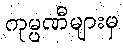
ကုမ္ပဏီများမှ